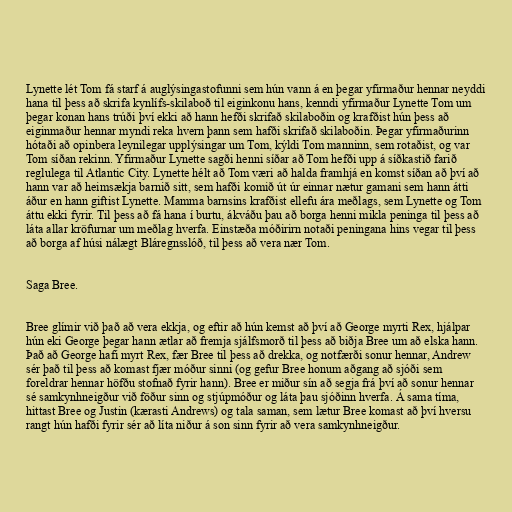
Lynette lét Tom fá starf á auglýsingastofunni sem hún vann á en þegar yfirmaður hennar neyddi
hana til þess að skrifa kynlífs-skilaboð til eiginkonu hans, kenndi yfirmaður Lynette Tom um
þegar konan hans trúði því ekki að hann hefði skrifað skilaboðin og krafðist hún þess að
eiginmaður hennar myndi reka hvern þann sem hafði skrifað skilaboðin. Þegar yfirmaðurinn
hótaði að opinbera leynilegar upplýsingar um Tom, kýldi Tom manninn, sem rotaðist, og var
Tom síðan rekinn. Yfirmaður Lynette sagði henni síðar að Tom hefði upp á síðkastið farið
reglulega til Atlantic City. Lynette hélt að Tom væri að halda framhjá en komst síðan að því að
hann var að heimsækja barnið sitt, sem hafði komið út úr einnar nætur gamani sem hann átti
áður en hann giftist Lynette. Mamma barnsins krafðist ellefu ára meðlags, sem Lynette og Tom
áttu ekki fyrir. Til þess að fá hana í burtu, ákváðu þau að borga henni mikla peninga til þess að
láta allar kröfurnar um meðlag hverfa. Einstæða móðirirn notaði peningana hins vegar til þess
að borga af húsi nálægt Bláregnsslóð, til þess að vera nær Tom.

Saga Bree.

Bree glímir við það að vera ekkja, og eftir að hún kemst að því að George myrti Rex, hjálpar
hún eki George þegar hann ætlar að fremja sjálfsmorð til þess að biðja Bree um að elska hann.
Það að George hafi myrt Rex, fær Bree til þess að drekka, og notfærði sonur hennar, Andrew
sér það til þess að komast fjær móður sinni (og gefur Bree honum aðgang að sjóði sem
foreldrar hennar höfðu stofnað fyrir hann). Bree er miður sín að segja frá því að sonur hennar
sé samkynhneigður við föður sinn og stjúpmóður og láta þau sjóðinn hverfa. Á sama tíma,
hittast Bree og Justin (kærasti Andrews) og tala saman, sem lætur Bree komast að því hversu
rangt hún hafði fyrir sér að líta niður á son sinn fyrir að vera samkynhneigður.